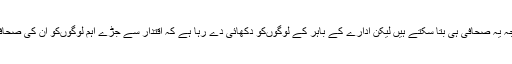
ان کے جانے کی صحیح وجہ یہ صحافی ہی بتا سکتے ہیں لیکن ادارے کے باہر کے لوگوںکو دکھائی دے رہا ہے کہ اقتدار سے جڑے اہم لوگوںکو ان کی صحافت سمجھ میںنہیںآرہی تھی۔